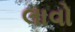
લાવો